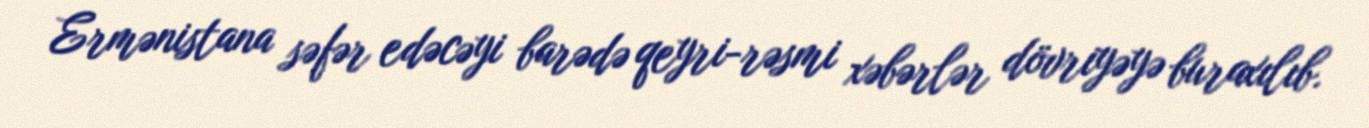
Ermənistana səfər edəcəyi barədə qeyri-rəsmi xəbərlər dövriyəyə buraxılıb.